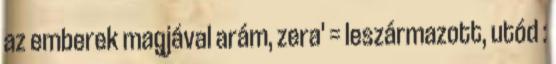
az emberek magjával arám, zera' = leszármazott, utód :